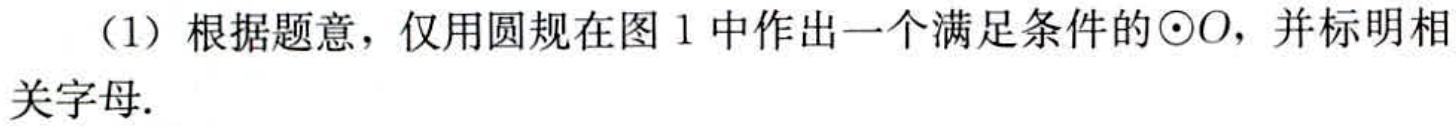
（1）根据题意，仅用圆规在图 1 中作出一个满足条件的\(\odot O\)，并标明相关字母.